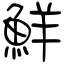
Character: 鮮